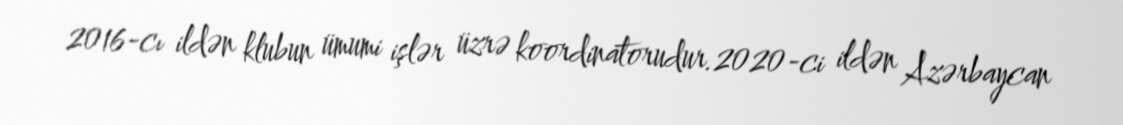
2016-cı ildən klubun ümumi işlər üzrə koordinatorudur.2020-ci ildən Azərbaycan